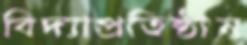
বিদ্যাপ্রতিষ্ঠান